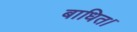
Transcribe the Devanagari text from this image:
बाधित।